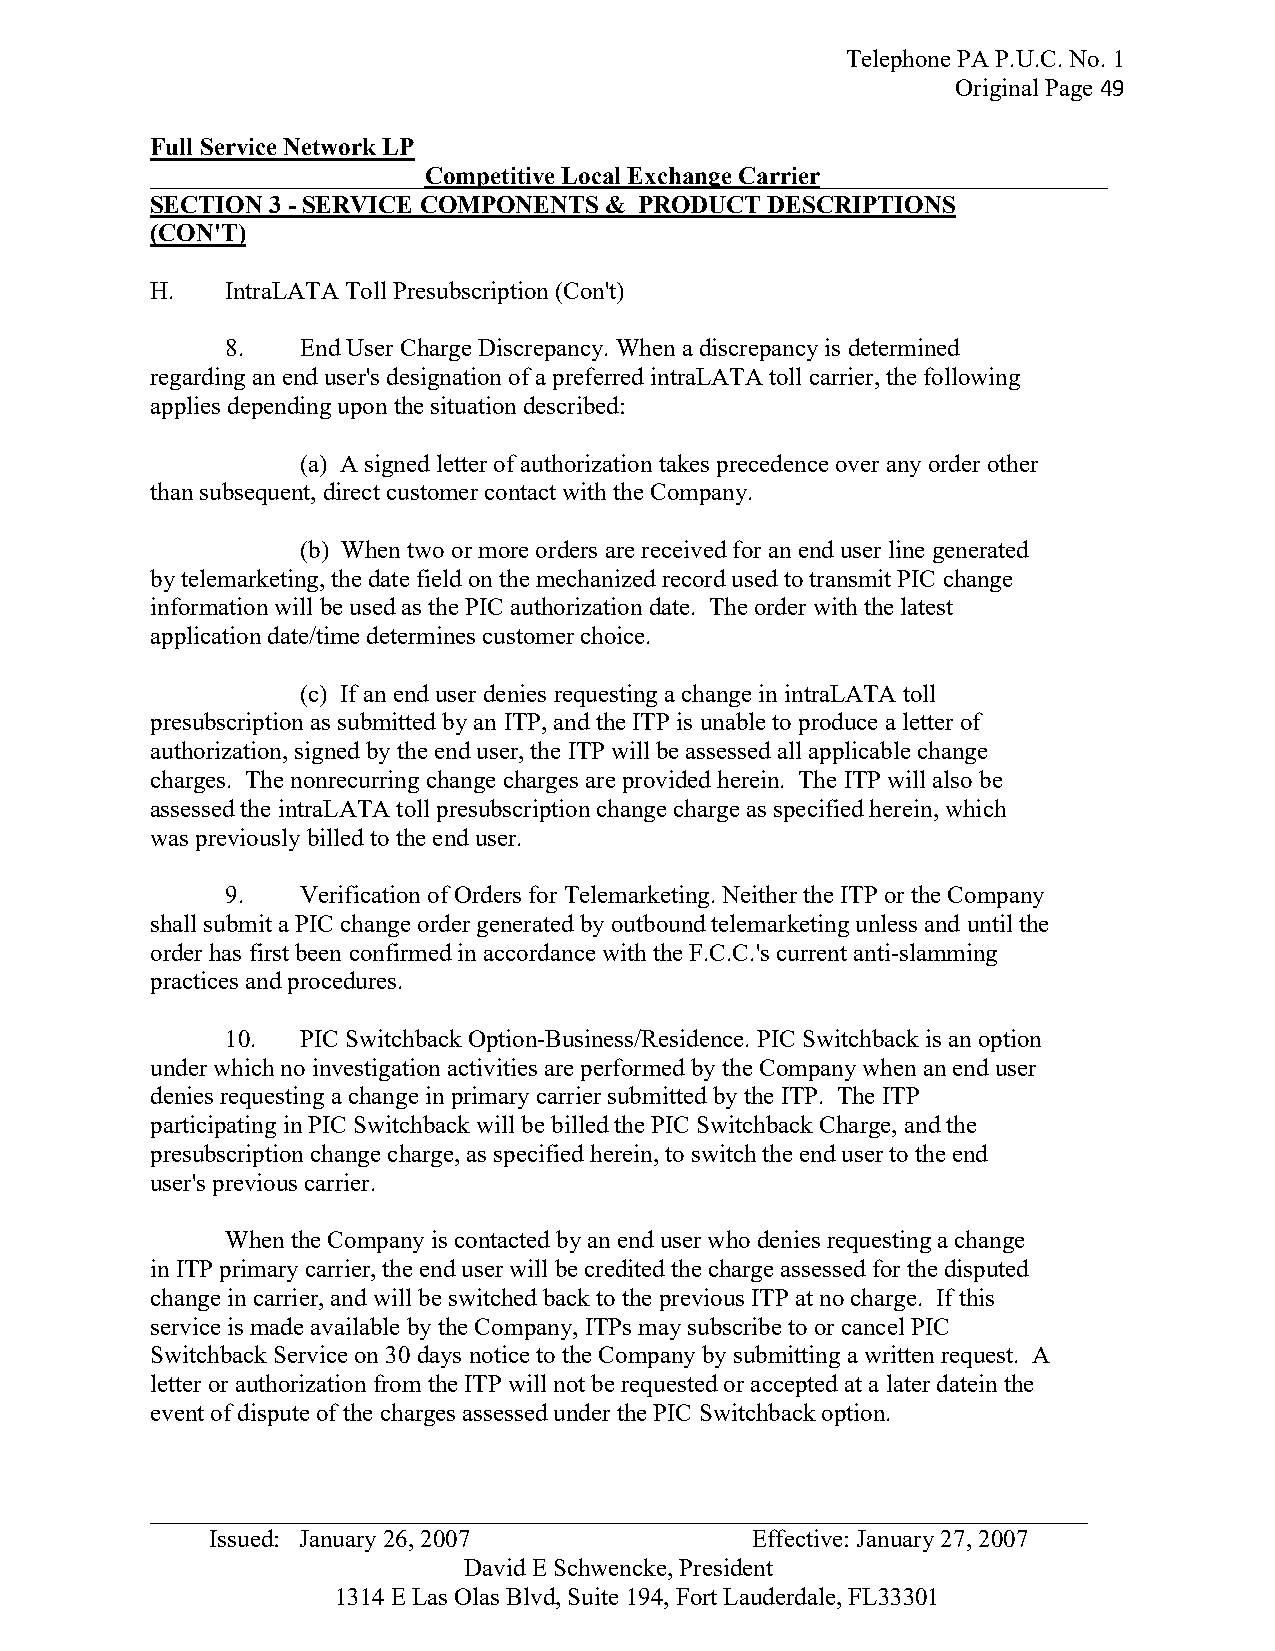
Telephone PA P.U.C. No. 1
 Original Page 49
 Full Service Network LP
 ______________________Competitive Local Exchange Carrier_______________________
 SECTION 3 - SERVICE COMPONENTS & PRODUCT DESCRIPTIONS
 (CON'T)
 H.   IntraLATA Toll Presubscription (Con't)
 8.   End User Charge Discrepancy. When a discrepancy is determined
 regarding an end user's designation of a preferred intraLATA toll carrier, the following
 applies depending upon the situation described:
 (a) A signed letter of authorization takes precedence over any order other
 than subsequent, direct customer contact with the Company.
 (b) When two or more orders are received for an end user line generated
 by telemarketing, the date field on the mechanized record used to transmit PIC change
 information will be used as the PIC authorization date. The order with the latest
 application date/time determines customer choice.
 (c) If an end user denies requesting a change in intraLATA toll
 presubscription as submitted by an ITP, and the ITP is unable to produce a letter of
 authorization, signed by the end user, the ITP will be assessed all applicable change
 charges. The nonrecurring change charges are provided herein. The ITP will also be
 assessed the intraLATA toll presubscription change charge as specified herein, which
 was previously billed to the end user.
 9.   Verification of Orders for Telemarketing. Neither the ITP or the Company
 shall submit a PIC change order generated by outbound telemarketing unless and until the
 order has first been confirmed in accordance with the F.C.C.'s current anti-slamming
 practices and procedures.
 10.  PIC Switchback Option-Business/Residence. PIC Switchback is an option
 under which no investigation activities are performed by the Company when an end user
 denies requesting a change in primary carrier submitted by the ITP. The ITP
 participating in PIC Switchback will be billed the PIC Switchback Charge, and the
 presubscription change charge, as specified herein, to switch the end user to the end
 user's previous carrier.
 When the Company is contacted by an end user who denies requesting a change
 in ITP primary carrier, the end user will be credited the charge assessed for the disputed
 change in carrier, and will be switched back to the previous ITP at no charge. If this
 service is made available by the Company, ITPs may subscribe to or cancel PIC
 Switchback Service on 30 days notice to the Company by submitting a written request. A
 letter or authorization from the ITP will not be requested or accepted at a later datein the
 event of dispute of the charges assessed under the PIC Switchback option.
 _ __________________________________________________________________________
 Issued: January 26, 2007            Effective: January 27, 2007
 David E Schwencke, President
 1314 E Las Olas Blvd, Suite 194, Fort Lauderdale, FL33301